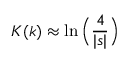
K ( k ) \approx \ln \Big ( \frac { 4 } { | s | } \Big )